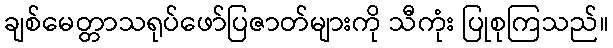
ချစ်မေတ္တာသရုပ်ဖော်ပြဇာတ်များကို သီကုံး ပြုစုကြသည်။